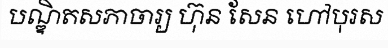
បណ្ឌិតសភាចារ្យ ហ៊ុន សែន ហៅបុរស